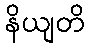
နိယျတိ